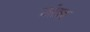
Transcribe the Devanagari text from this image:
मंब